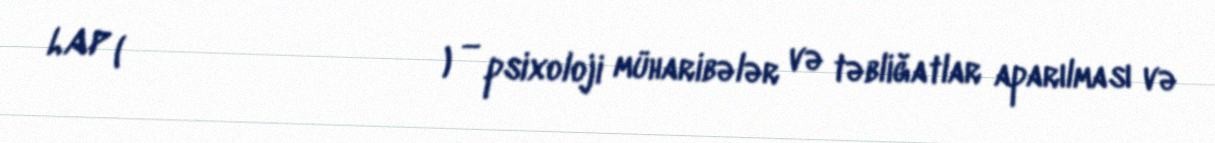
LAP (לוחמה פסיכולוגית) — psixoloji müharibələr və təbliğatlar aparılması və